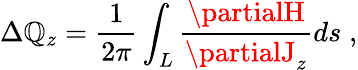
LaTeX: \Delta\mathbb{Q}_{z}=\frac{{1}}{{2\pi}}\int_{L}\frac{{\partialH}}{{\partialJ_{z}}}ds\; ,